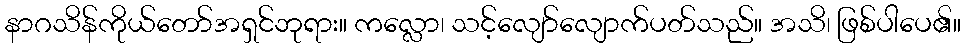
နာဂသိန်ကိုယ်တော်အရှင်ဘုရား။ ကလ္လော၊ သင့်လျော်လျောက်ပတ်သည်။ အသိ၊ ဖြစ်ပါပေ၏။